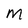
Character: m